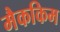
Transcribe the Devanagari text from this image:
मैककिम